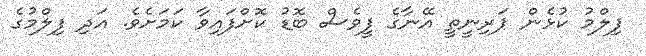
ފިލްމު ކުޅެން ޕަރިނީތީ އޭނާގެ ފީވެސް ބޮޑު ކޮށްފައިވާ ކަމަށެވެ. އަދި ފިލްމުގެ